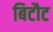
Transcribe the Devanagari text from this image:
बिटौट